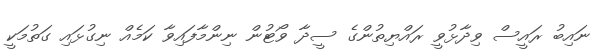
ނައިބު ރައީސް ވިދާޅުވީ ރައްޔިތުންގެ ސީދާ ވޯޓުން ނިންމާފައިވާ ކަމެއް ނިގުޅައި ގަތުމަކީ